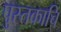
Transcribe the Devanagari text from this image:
पुस्तकाचि